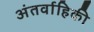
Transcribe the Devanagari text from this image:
अंतर्वाहिकी